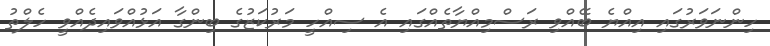
ހިންނަވަރުގައި އިއްޔެ ބޭއްވި ރަސްމިއްޔާތެއްގައި އެ ސިއްހީ މަރުކަޒުގެ ބިންގާ އަޅުއްވައިދެއްވީ ހެލްތު